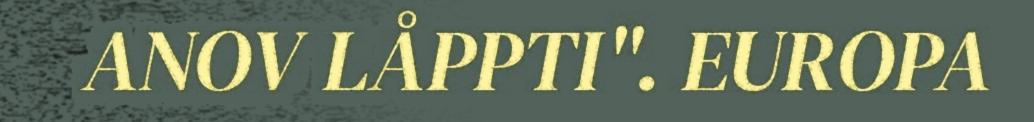
ANOV LÅPPTI". EUROPA